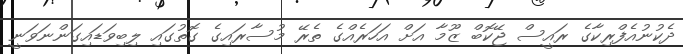
ދެކުނުއެފްރިކާގެ ރައީސް ޖޭކޮބް ޒޫމާ އަށް އަހަރެއްގެ ތެރޭ މުސާރައިގެ ގޮތުގައި ލިބިވަޑައިގަންނަވަނީ